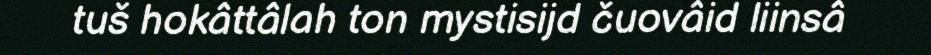
tuš hokâttâlah ton mystisijd čuovâid liinsâ